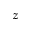
z